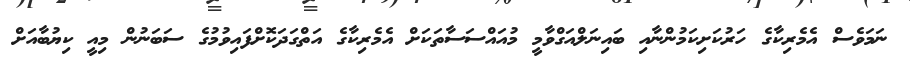
ނަމަވެސް އެމެރިކާގެ ހަރުކަށިކަމުންނާއި ބައިނަލްއަގްވާމީ މުއައްސަސާތަކަށް އެމެރިކާގެ އަތްގަދަކޮށްފައިވުމުގެ ސަބަނުން މިއީ ކިޔުބާއަށް